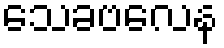
သေခဗလေန